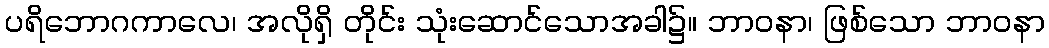
ပရိဘောဂကာလေ၊ အလိုရှိ တိုင်း သုံးဆောင်သောအခါ၌။ ဘာဝနာ၊ ဖြစ်သော ဘာဝနာ